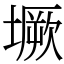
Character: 㙭